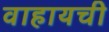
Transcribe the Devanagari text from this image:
वाहायची